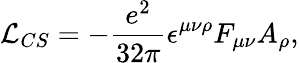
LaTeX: {\cal L}_{CS}=-\frac{e^{2}}{32\pi}\epsilon^{\mu\nu\rho}F_{\mu\nu}A_{\rho},